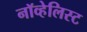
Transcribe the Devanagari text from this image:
नॉव्हेलिस्ट